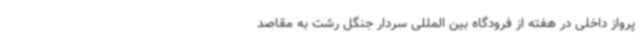
پرواز داخلی در هفته از فرودگاه بین المللی سردار جنگل رشت به مقاصد